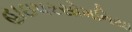
હાઇપરસોમનિયા